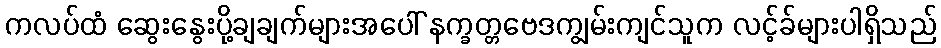
ကလပ်ထံ ဆွေးနွေးပို့ချချက်များအပေါ် နက္ခတ္တဗေဒကျွမ်းကျင်သူက လင့်ခ်များပါရှိသည်